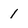
Character: 1